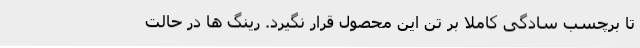
تا برچسب سادگی کاملا بر تن این محصول قرار نگیرد. رینگ ها در حالت